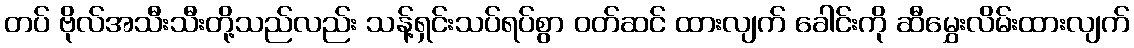
တပ် ဗိုလ်အသီးသီးတို့သည်လည်း သန့်ရှင်းသပ်ရပ်စွာ ဝတ်ဆင် ထားလျက် ခေါင်းကို ဆီမွှေးလိမ်းထားလျက်